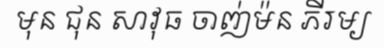
មុន ជុន សាវុធ ចាញ់ម៉ន ភីរម្យ